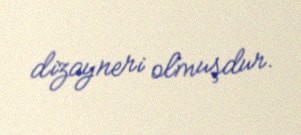
dizayneri olmuşdur.